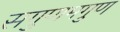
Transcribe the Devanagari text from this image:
सगुणमगुण